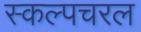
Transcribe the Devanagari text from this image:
स्‍कल्‍पचरल